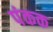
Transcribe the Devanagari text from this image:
पंकक